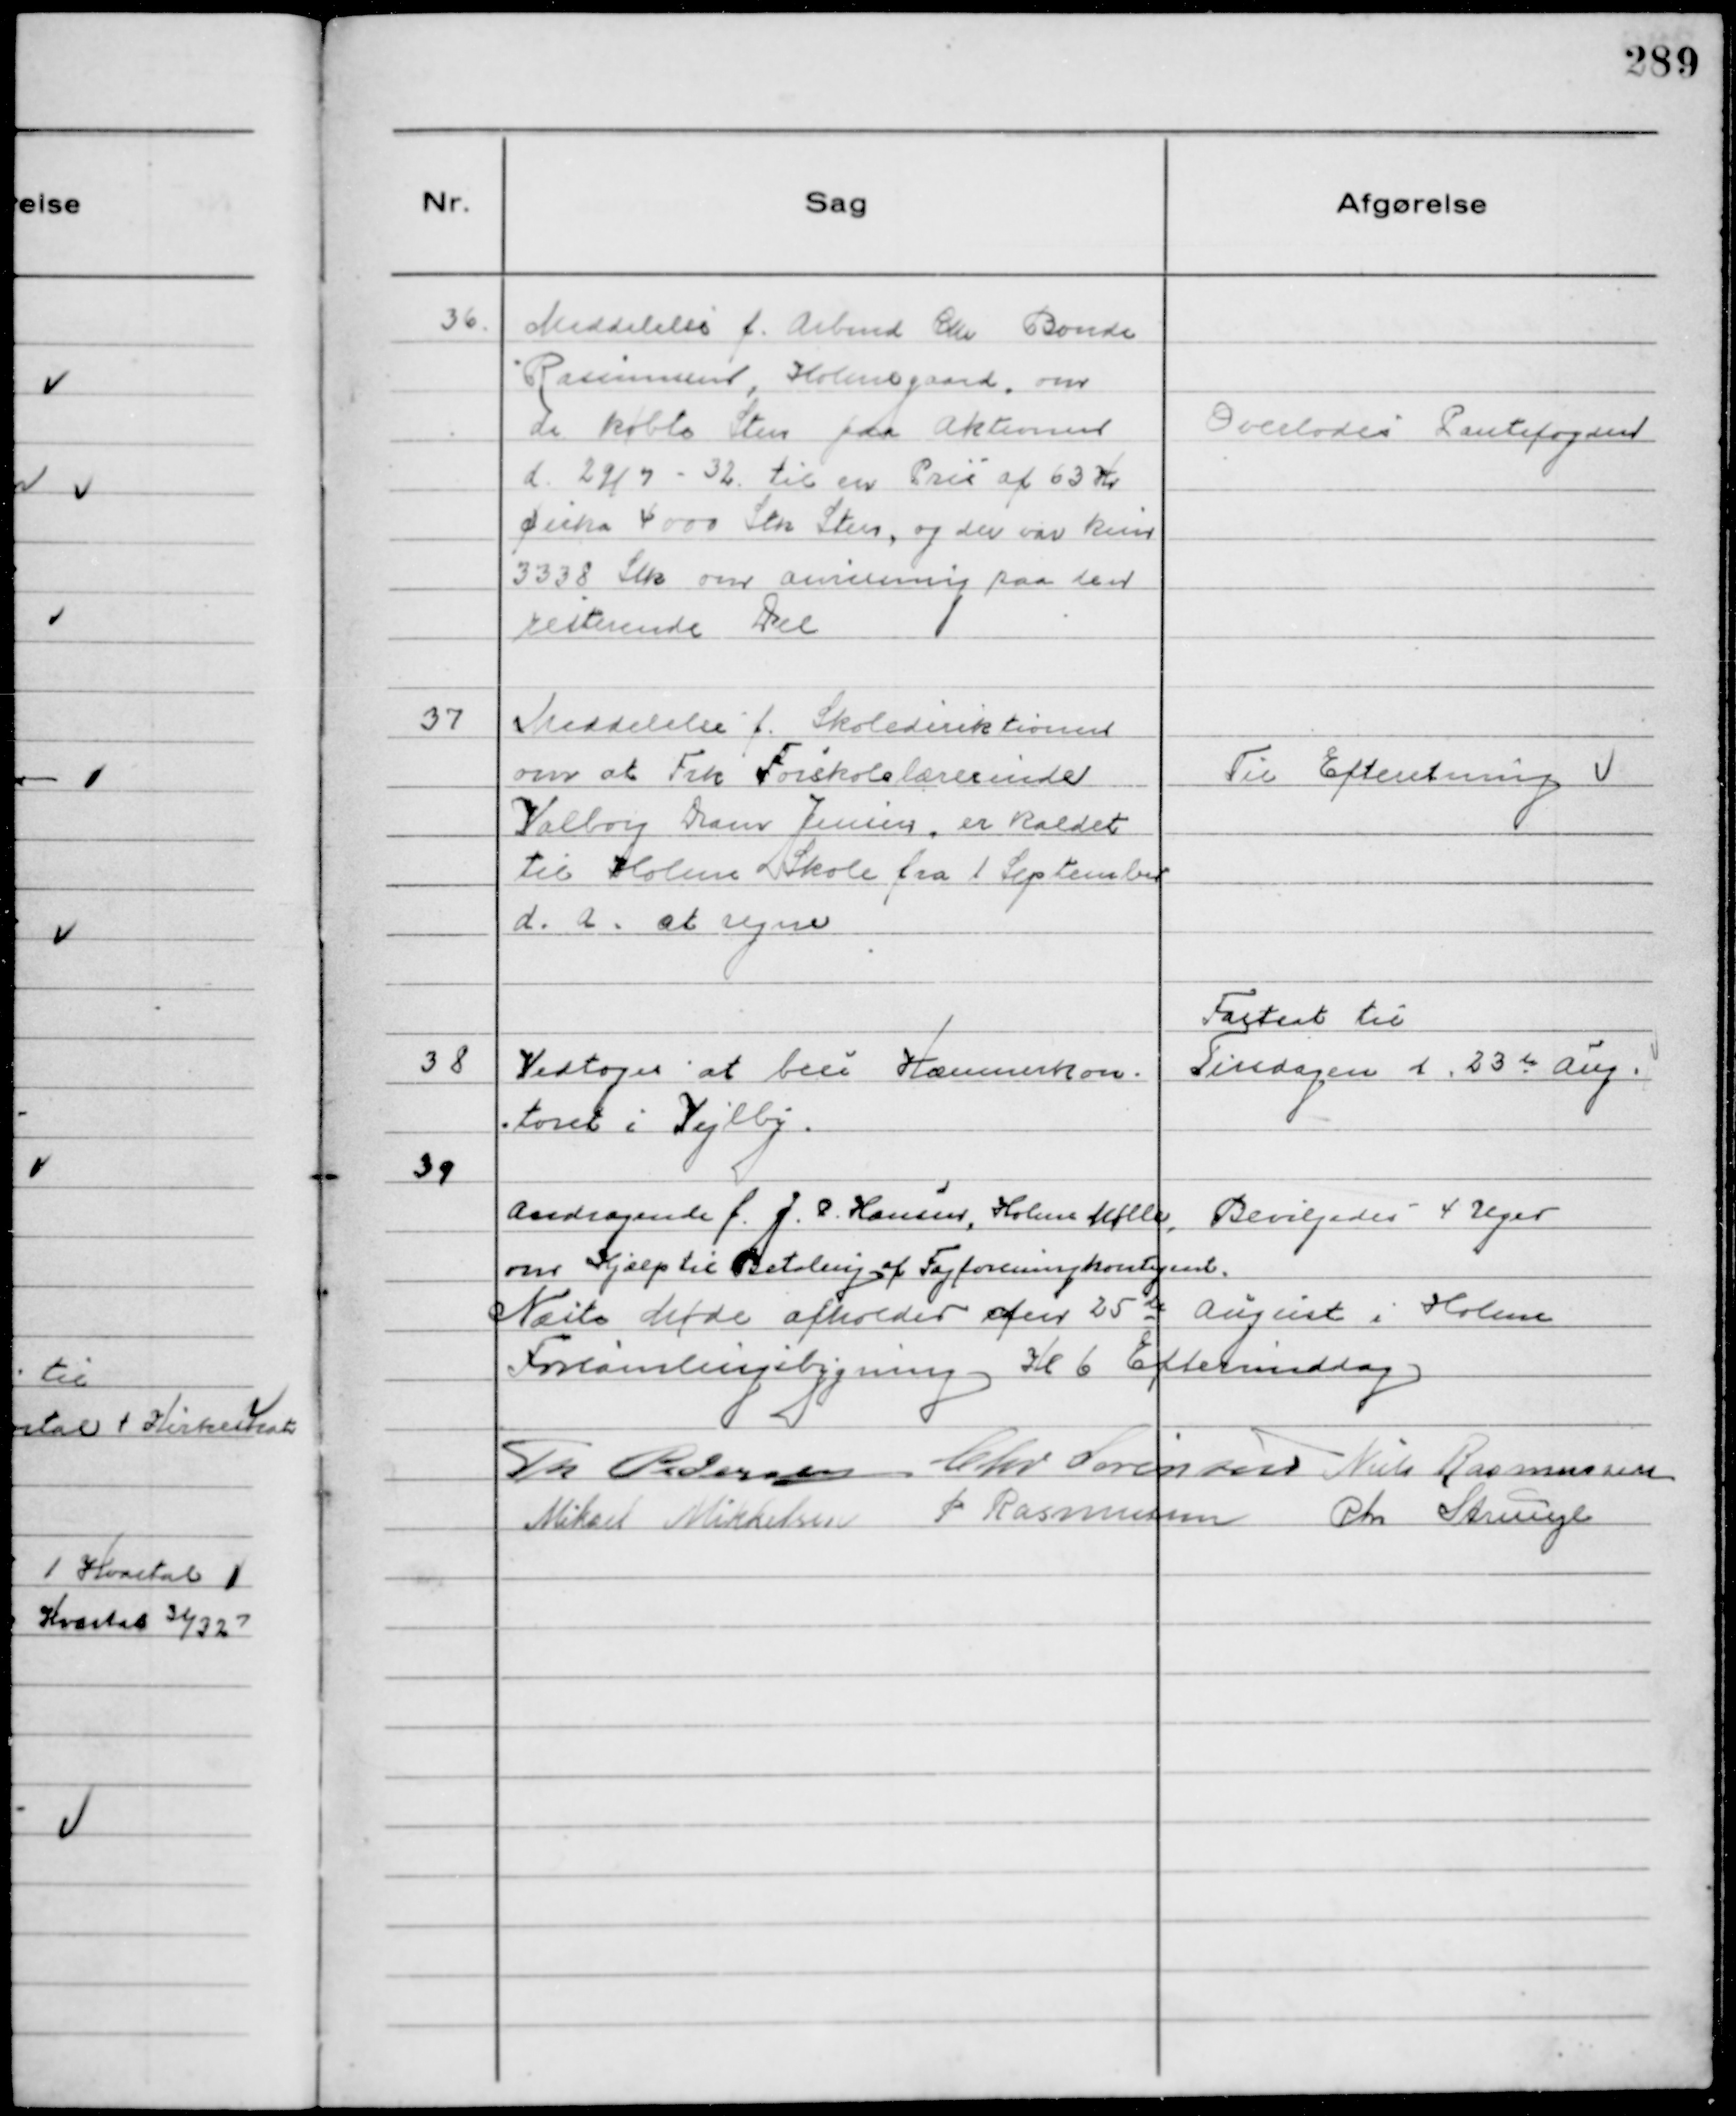
Transskription:
36.
Meddelelse f. Arbmd Chr Bonde
Rasmussen, Holmegaard, om
de købte Sten paa Aktionen
d. 29/7 - 32 til en Pris af 63 Kr
cirka 4000 Stk Sten, og der var kun
3338 Stk om anvisning paa den
resterende Del

Overlodes Pantefogden

37
Meddelelse f. Skoledirektionen
om at Frk Førskolelærerinde
Valborg Dam Jensen er kaldet
til Holme Skole fra 1 September
d.a. at regne

Til Efteretning

38
Vedtoges at bese Kæmnerkon-
toret i Vejlby

Fastsat til
Tirsdagen d. 23de Aug.

39
Andragende f. J. P. Hansen, Holme Mølle,
om Hjælp til Betaling af Fagforeningskontigent

Bevilgedes 4 Uger

Næste Møde afholdes de 25de August i Holme
Forsamlingsbygning kl 6 Eftermiddag
Th Pedersen
Chr Sørensen Niels Rasmussen
Mikael Mikkelsen
P Rasmussen
Chr Strunge